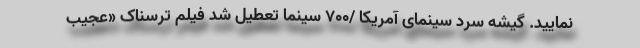
نمایید. گیشه سرد سینمای آمریکا /۷۰۰ سینما تعطیل شد فیلم ترسناک «عجیب